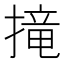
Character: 𢲣